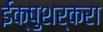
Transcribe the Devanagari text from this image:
ईक्षुशर्करा